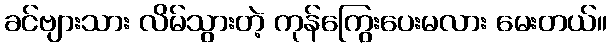
ခင်ဗျားသား လိမ်သွားတဲ့ ကုန်ကြွေးပေးမလား မေးတယ်။